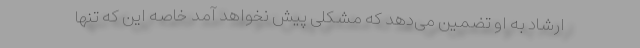
ارشاد به او تضمین می‌دهد که مشکلی پیش نخواهد آمد خاصه این که تنها